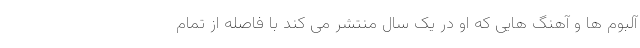
آلبوم ها و آهنگ هایی که او در یک سال منتشر می کند با فاصله از تمام